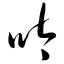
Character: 呔